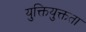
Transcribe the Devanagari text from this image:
युक्तियुक्तता